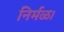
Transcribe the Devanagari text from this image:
निर्मळ।